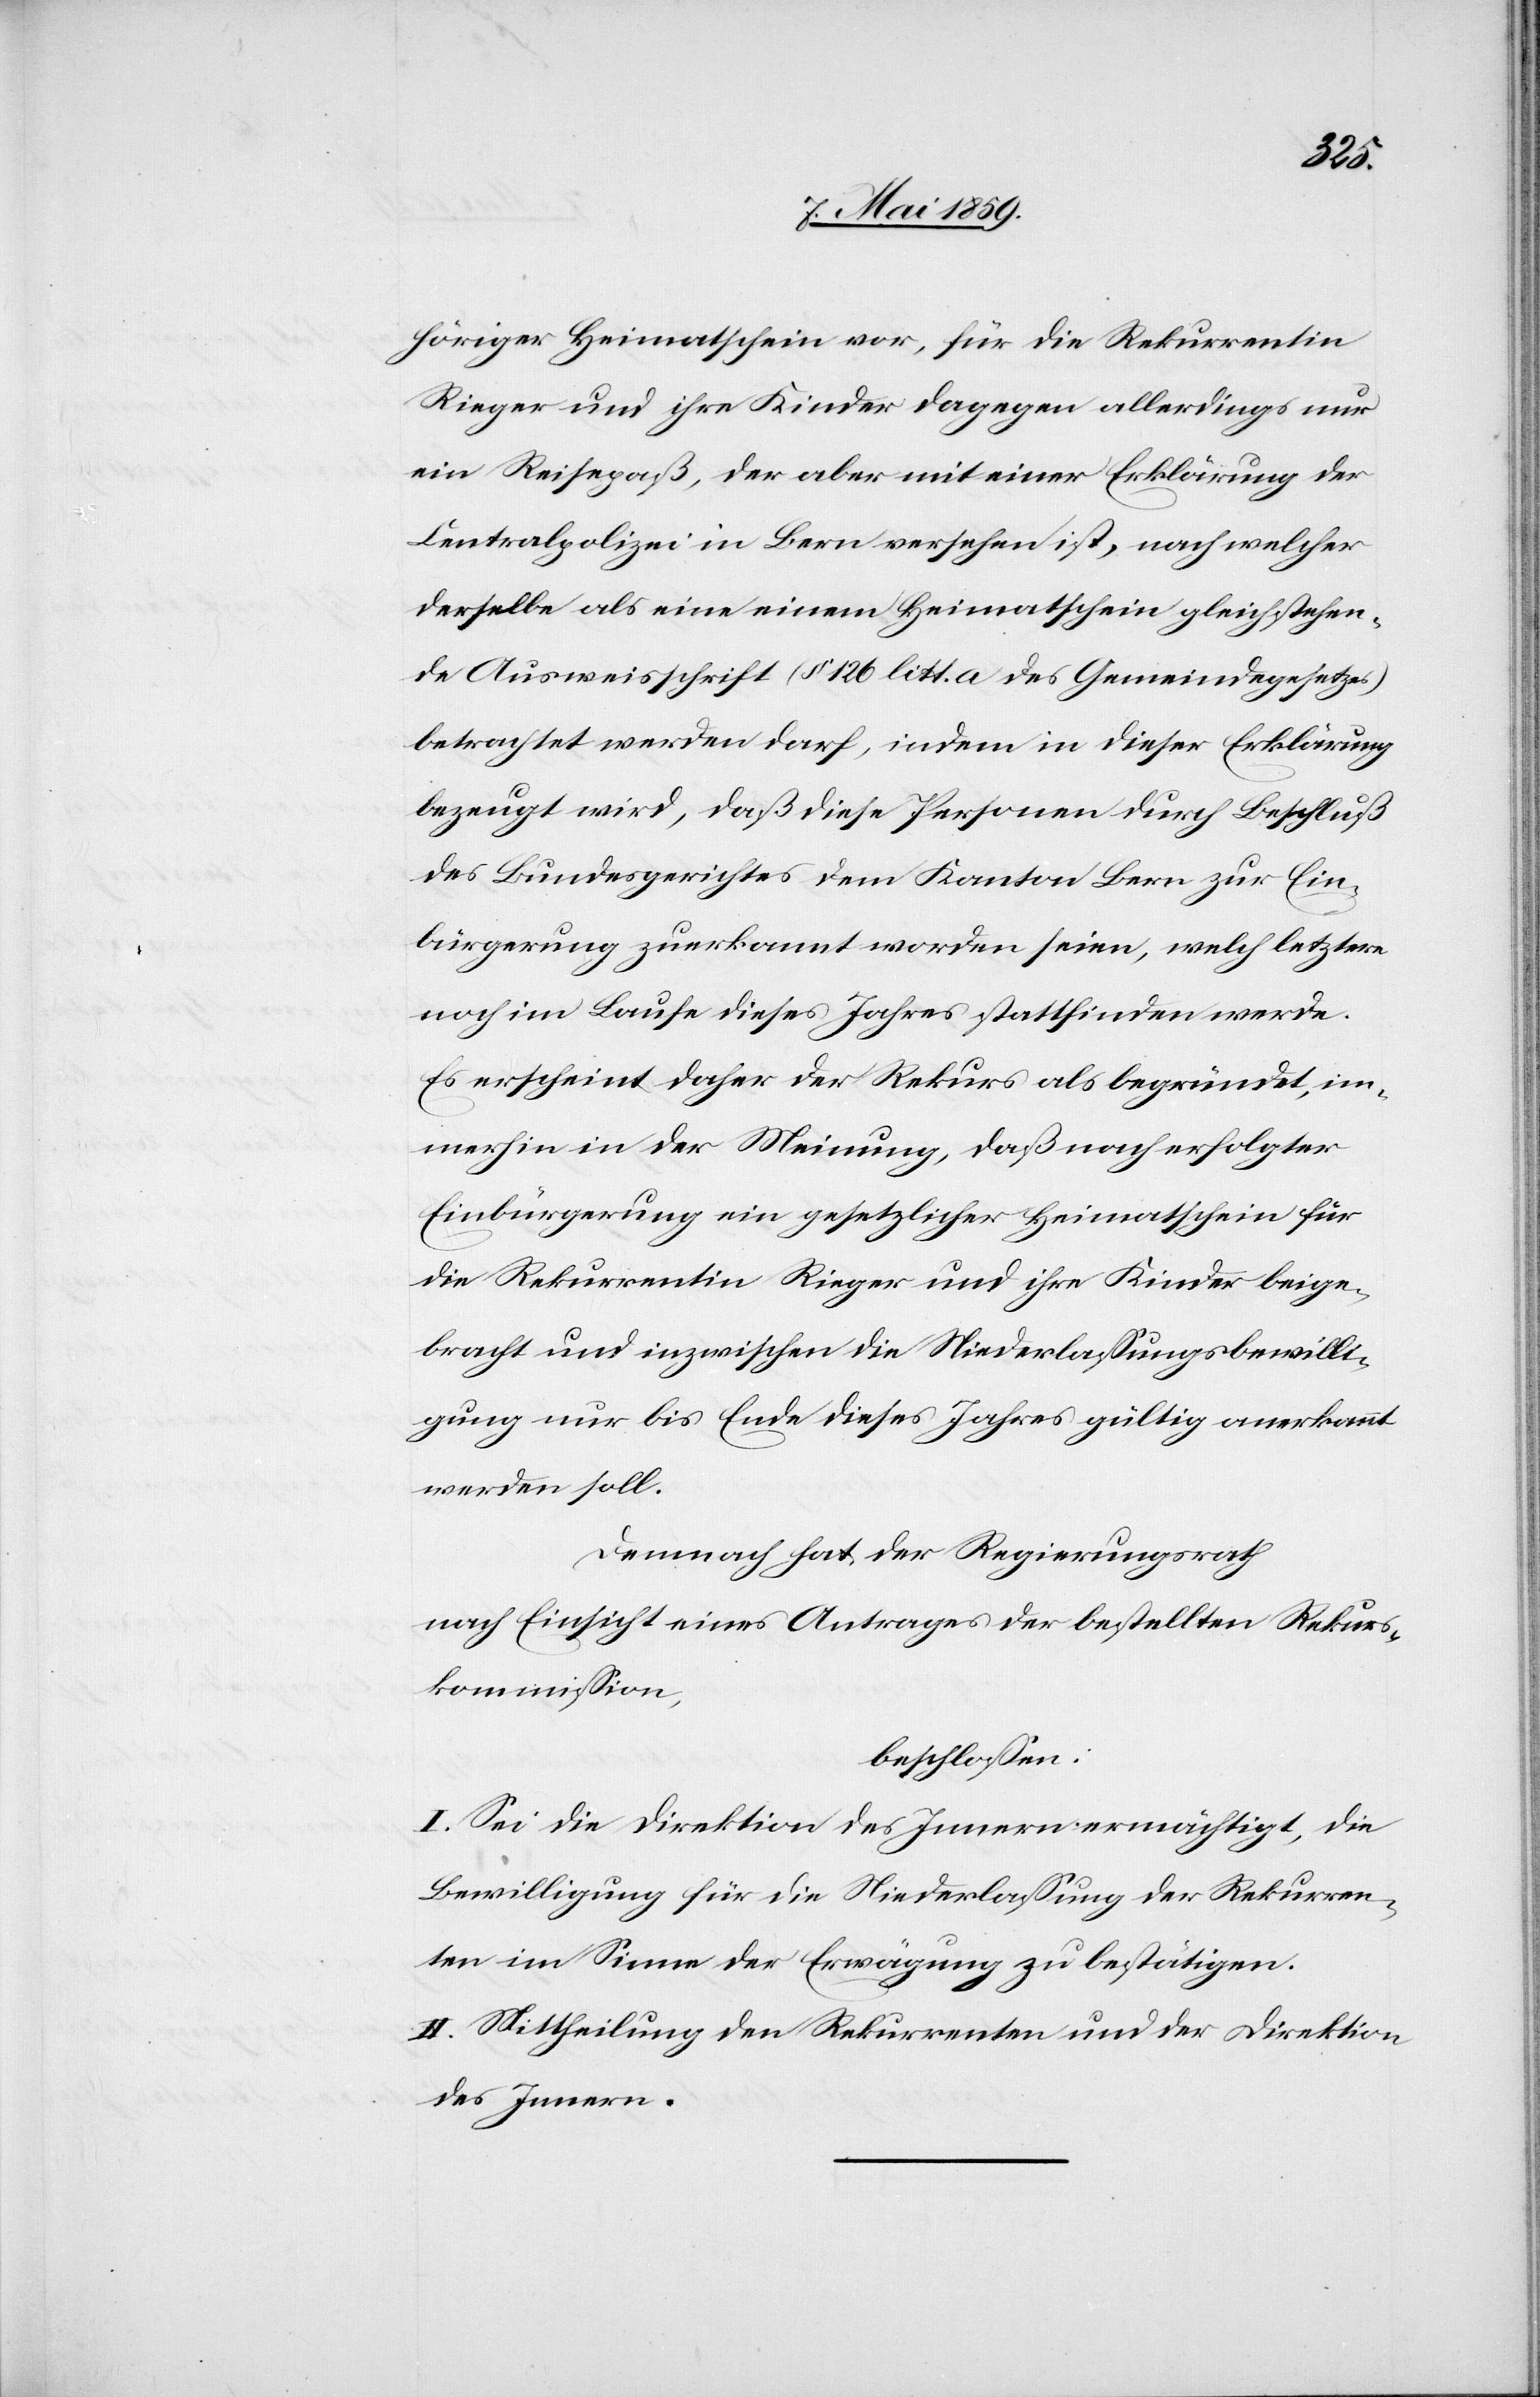
höriger Heimatschein vor, für die Rekurrentin
Rieger und ihre Kinder dagegen allerdings nur
ein Reisepaß, der aber mit einer Erklärung der
Centralpolizei in Bern versehen ist, nach welcher
derselbe als eine einem Heimatschein gleichstehen¬
de Ausweisschrift (§ 126 litt. a des Gemeindegesetzes)
betrachtet wird, daß diese Personen durch Beschluß
des Bundesgerichtes dem Kanton Bern zur Ein¬
bürgerung zuerkannt worden seien, welch letztere
noch im Laufe dieses Jahres stattfinden werde.
Es erscheint daher der Rekurs als begründet, im¬
merhin in der Meinung, daß nach erfolgter
Einbürgerung ein gesetzlicher Heimatschein für
die Rekurrentin Rieger und ihre Kinder beige¬
bracht und inzwischen die Niederlaßungsbewilli¬
gung nur bis Ende dieses Jahres gültig anerkannt
werden soll.
Demnach hat der Regierungsrath
nach Einsicht eines Antrages der bestellten Rekurs¬
kommißion,
beschloßen:
I. Sei die Direktion des Innern ermächtigt, die
Bewilligung für die Niederlaßung der Rekurren¬
ten im Sinne der Erwägung zu bestätigen.
II. Mittheilung den Rekurrenten und der Direktion
des Innern.